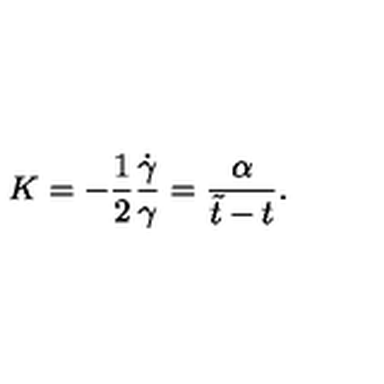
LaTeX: K = - \frac { 1 } { 2 } \frac { \dot { \gamma } } { \gamma } = \frac { \alpha } { \tilde { t } - t } .